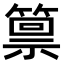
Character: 𫂛